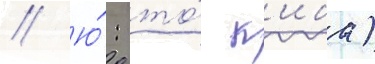
// Ю́: то́ к'иба)